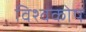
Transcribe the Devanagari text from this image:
विश्‍वकोष